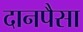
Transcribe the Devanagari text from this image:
दानपैसा